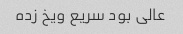
عالی بود سریع ویخ زده